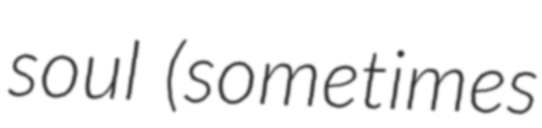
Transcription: soul (sometimes